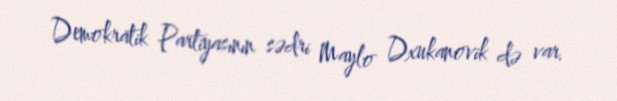
Demokratik Partiyasının sədri Maylo Dxukanovik də var.